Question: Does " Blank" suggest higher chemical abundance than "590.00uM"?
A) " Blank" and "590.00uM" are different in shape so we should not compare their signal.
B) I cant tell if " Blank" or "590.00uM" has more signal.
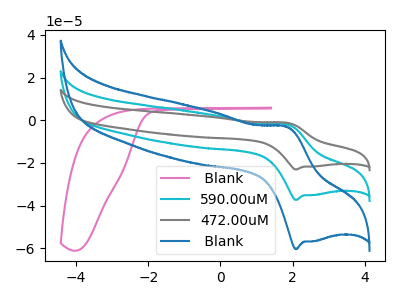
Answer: <think>The pink curve " Blank" has no peaks. The cyan curve "590.00uM" has an anodic peak at (1.85V, -1.85uA) and a cathodic peak at (2.10V, -37.30uA). The gray curve "472.00uM" has an anodic peak at (1.85V, -3.70uA) and a cathodic peak at (2.10V, -74.60uA). The blue curve " Blank" has an anodic peak at (1.85V, -3.00uA) and a cathodic peak at (2.10V, -60.35uA).
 All the peaks in " Blank" have a peak in "590.00uM" at the same potential.</think>
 <answer>B) I cant tell if " Blank" or "590.00uM" has more signal.</answer>
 <eval>B</eval>